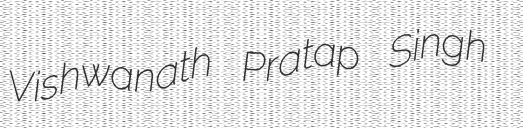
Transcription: Vishwanath Pratap Singh